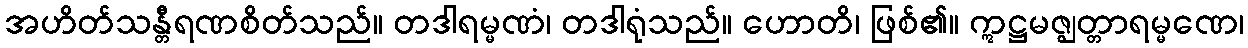
အဟိတ်သန္တီရဏစိတ်သည်။ တဒါရမ္မဏံ၊ တဒါရုံသည်။ ဟောတိ၊ ဖြစ်၏။ ဣဋ္ဌမဇ္ဈတ္တာရမ္မဏေ၊